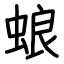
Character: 蜋